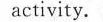
activity.